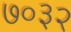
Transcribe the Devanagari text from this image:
७०३२